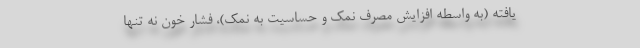
یافته (به واسطه افزایش مصرف نمک و حساسیت به نمک)، فشار خون نه تنها